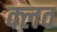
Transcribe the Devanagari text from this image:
क्‍लव